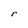
Character: r